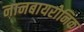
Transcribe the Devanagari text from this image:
नानबायरोनिक